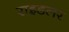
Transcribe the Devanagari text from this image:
राइडलर